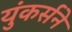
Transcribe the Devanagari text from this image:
युंकर्सने